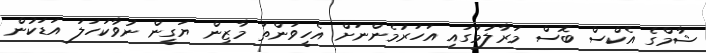
ޝާމްގެ އެކްސް ބޮސް މަރާލުމުގައި އަހަރުމެންނަށް އެހީވަންތަ މާޒިން ޔަގީން ނުވާކަހަލަ އަޑަކުން